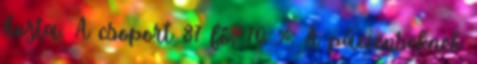
hozta. A csoport 87 fő, 76 %: A pácienseknek